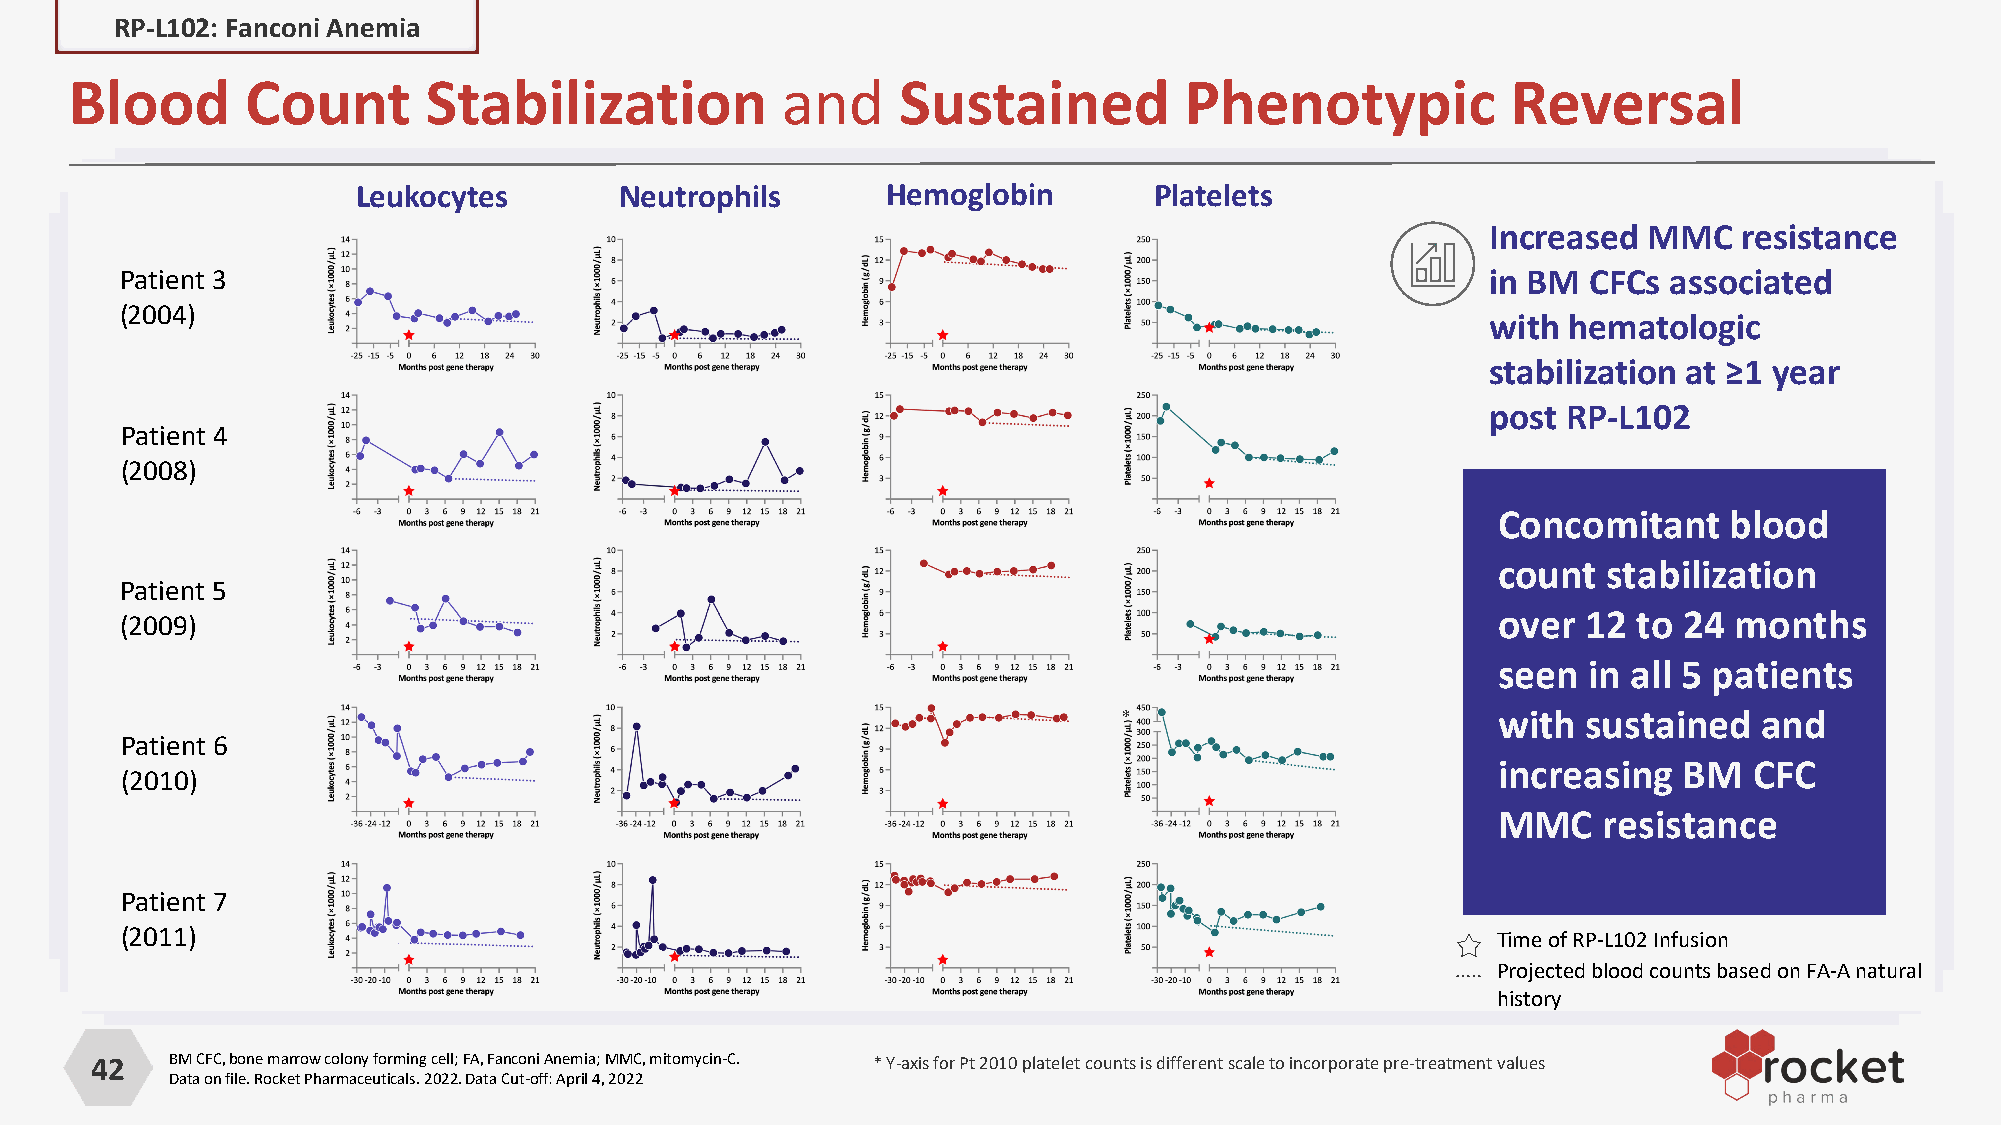
PROGRRPA-LM1 02:2 R: PF-aL1n0c2o fnoir A FAnemia
 Blood      Count       Stabilization           and     Sustained         Phenotypic            Reversal
 Leukocytes       Neutrophils       Hemoglobin       Platelets
 Increased MMC   resistance
 Patient 3                                                                                  in BM CFCs associated
 (2004)
 with hematologic
 stabilization at ≥1 year
 post RP-L102
 Patient 4
 (2008)
 Concomitant    blood
 count  stabilization
 Patient 5
 (2009)                                                                                     over  12 to 24  months
 seen  in all 5 patients
 *                        with  sustained   and
 Patient 6
 increasing  BM   CFC
 (2010)
 MMC    resistance
 Patient 7
 (2011)                                                                                     Time of RP-L102 Infusion
 Projected blood counts based on FA-A natural
 history
 42   BM CFC, bone marrow colony forming cell; FA, Fanconi Anemia; MMC, mitomycin-C. * Y-axis for Pt 2010 platelet counts is different scale to incorporate pre-treatment values
 Data on file. Rocket Pharmaceuticals. 2022. Data Cut-off: April 4, 2022